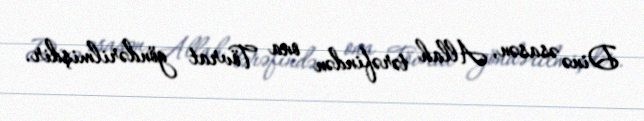
Dinə əsasən, Allah tərəfindən ona Tövrat göndərilmişdir.